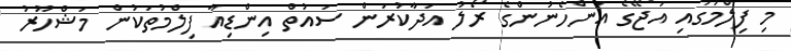
މި ފިލްމުގައި އަޖޭގެ އަންހެނުންގެ ރޯލު އަދާކުރަން ސައުތް އިންޑިއާ ފިލްމުތަކުން މަޝްހޫރު